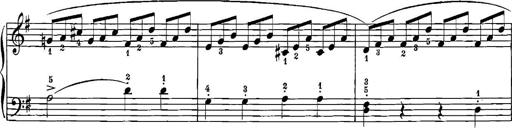
Title: 12 Sonatinas
Composer: Ignaz Pleyel